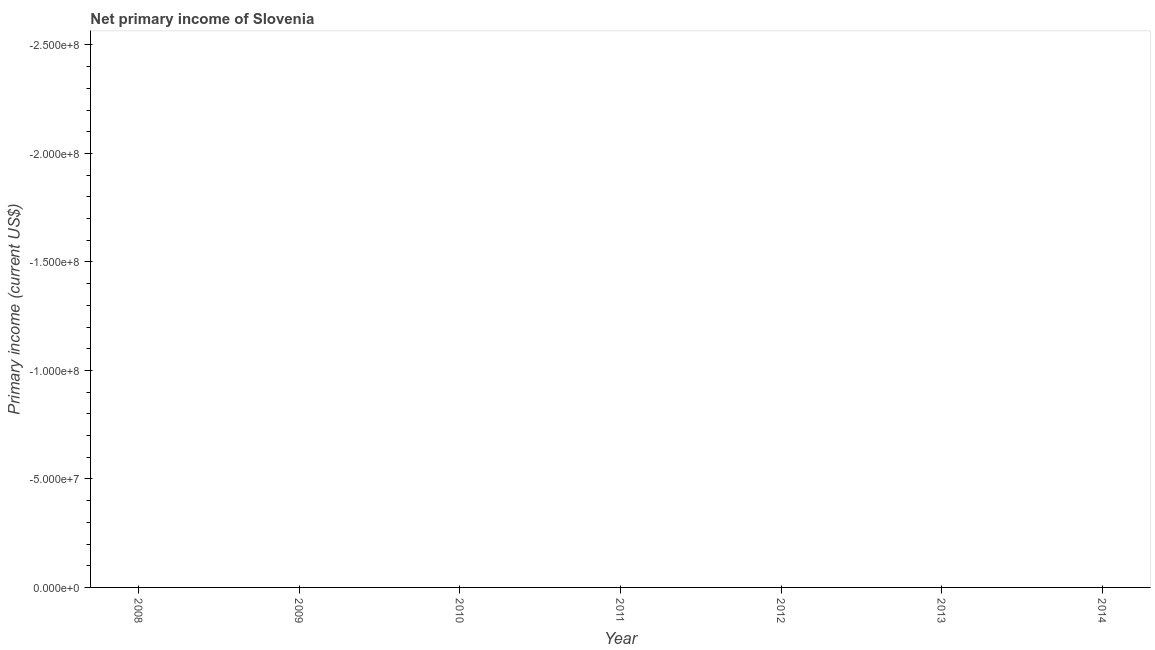
| Year | Net primary income |
 | --- | --- |
 | 2008 | -1.58e+09 |
 | 2009 | -7.59e+08 |
 | 2010 | -5.03e+08 |
 | 2011 | -4.25e+08 |
 | 2012 | -3.68e+08 |
 | 2013 | -3.19e+08 |
 | 2014 | -8.08e+08 |